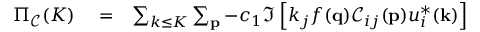
\begin{array} { r l r } { \Pi _ { \mathcal { C } } ( K ) } & { { } = } & { \sum _ { k \le K } \sum _ { \bf p } - c _ { 1 } \Im \left[ k _ { j } f ( { \bf q } ) \mathcal { C } _ { i j } ( { \bf p } ) u _ { i } ^ { * } ( { \bf k } ) \right] } \end{array}